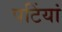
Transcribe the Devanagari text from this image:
पटिंयां